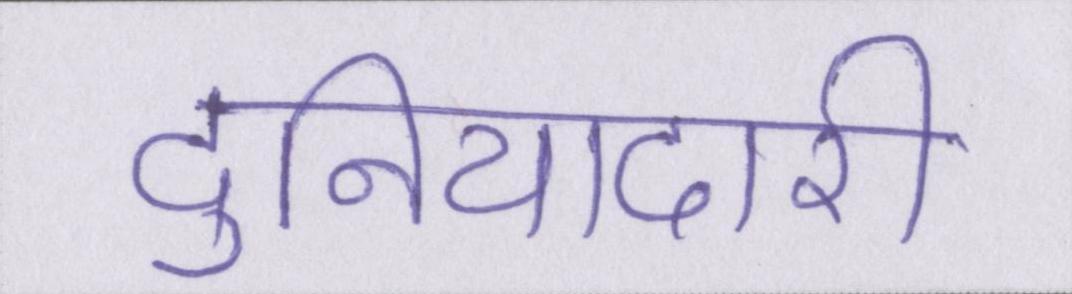
दुनियादारी